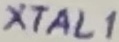
Text: XTAL1